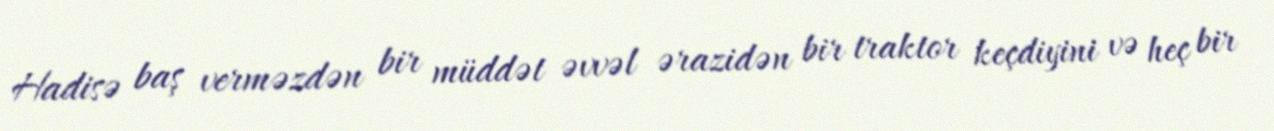
Hadisə baş verməzdən bir müddət əvvəl ərazidən bir traktor keçdiyini və heç bir